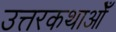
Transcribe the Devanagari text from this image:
उत्तरकथाओँ